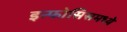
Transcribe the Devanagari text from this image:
इन्फोसिसमध्ये